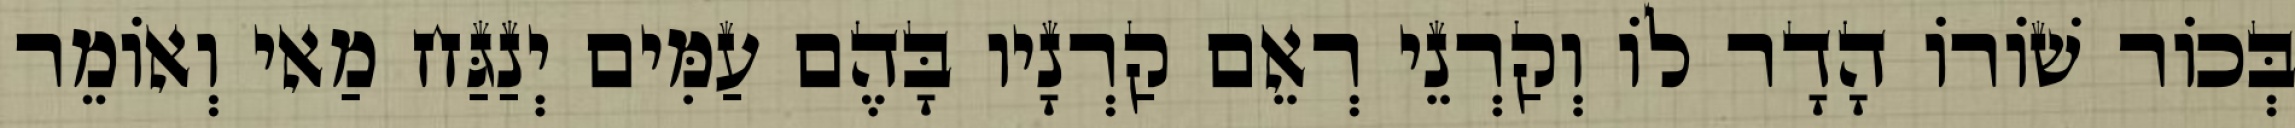
בְּכוֹר שׁוֹרוֹ הָדָר לוֹ וְקַרְנֵי רְאֵם קַרְנָיו בָּהֶם עַמִּים יְנַגַּח מַאי וְאוֹמֵר